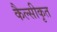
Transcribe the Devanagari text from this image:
कैल्सीकृत